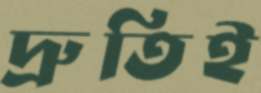
দ্রুতিই